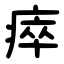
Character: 瘁